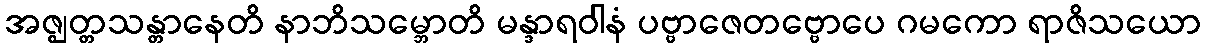
အဇ္ဈတ္တသန္တာနေတိ နာဘိသမ္ဘောတိ မန္ဒာရဝါနံ ပဗ္ဗာဇေတဗ္ဗောပေ ဂမကော ရာဇိသယော